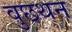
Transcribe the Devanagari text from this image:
वुछथन